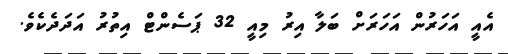
އެއީ އަހަރުން އަހަރަށް ބަލާ އިރު މިއީ 32 ޕަސެންޓް އިތުރު އަދަދެކެވެ.